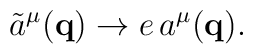
\tilde{a}^\mu({\mathbf{q}}) \rightarrow e \, a^\mu ({\mathbf{q}}).